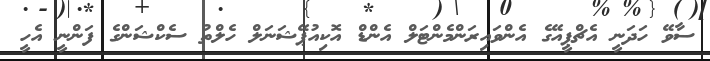
ސާވޭ ހަދަނީ އެޗްޕީއޭގެ އެންވައިރަންމެންޓަލް އެންޑް އޮކިއުޕޭޝަނަލް ހެލްތު ސެކްޝަންގެ ފަންނީ އެހީ